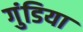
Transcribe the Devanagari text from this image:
गुंडिया